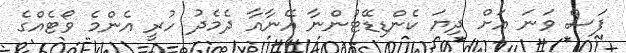
ފަސް ވަނަ އަށް ދިޔަ ކެންޑިޑޭޓުންނާ އޭނާއާ ދެމެދު ހުރީ އެންމެ ވޯޓެއްގެ